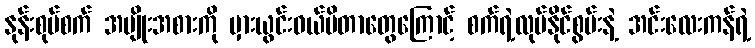
နုန်းစုပ်စက် အမျိုးအစားကို မှားယွင်းဝယ်မိတာတွေကြောင့် စက်ရဲ့လုပ်နိုင်စွမ်းနဲ့ အင်းလေးကန်ရဲ့